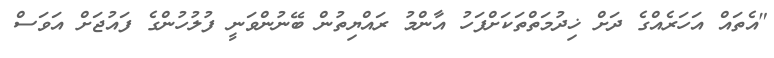
"އެތައް އަހަރެއްގެ ދަށް ޚިދުމަތްތަކަށްފަހު އާންމު ރައްޔިތުން ބޭނުންވަނީ ފުލުހުންގެ ފައުޖަށް އަވަސް